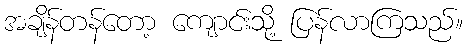
အချိန်တန်တော့ ကျောင်းသို့ ပြန်လာကြသည်။